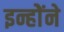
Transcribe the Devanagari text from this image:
इन्होेंने